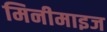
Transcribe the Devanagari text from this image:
मिनीमाइज